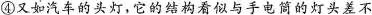
④又如汽车的头灯，它的结构看似与手电筒的灯头差不